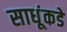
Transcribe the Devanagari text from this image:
साधूंकडे